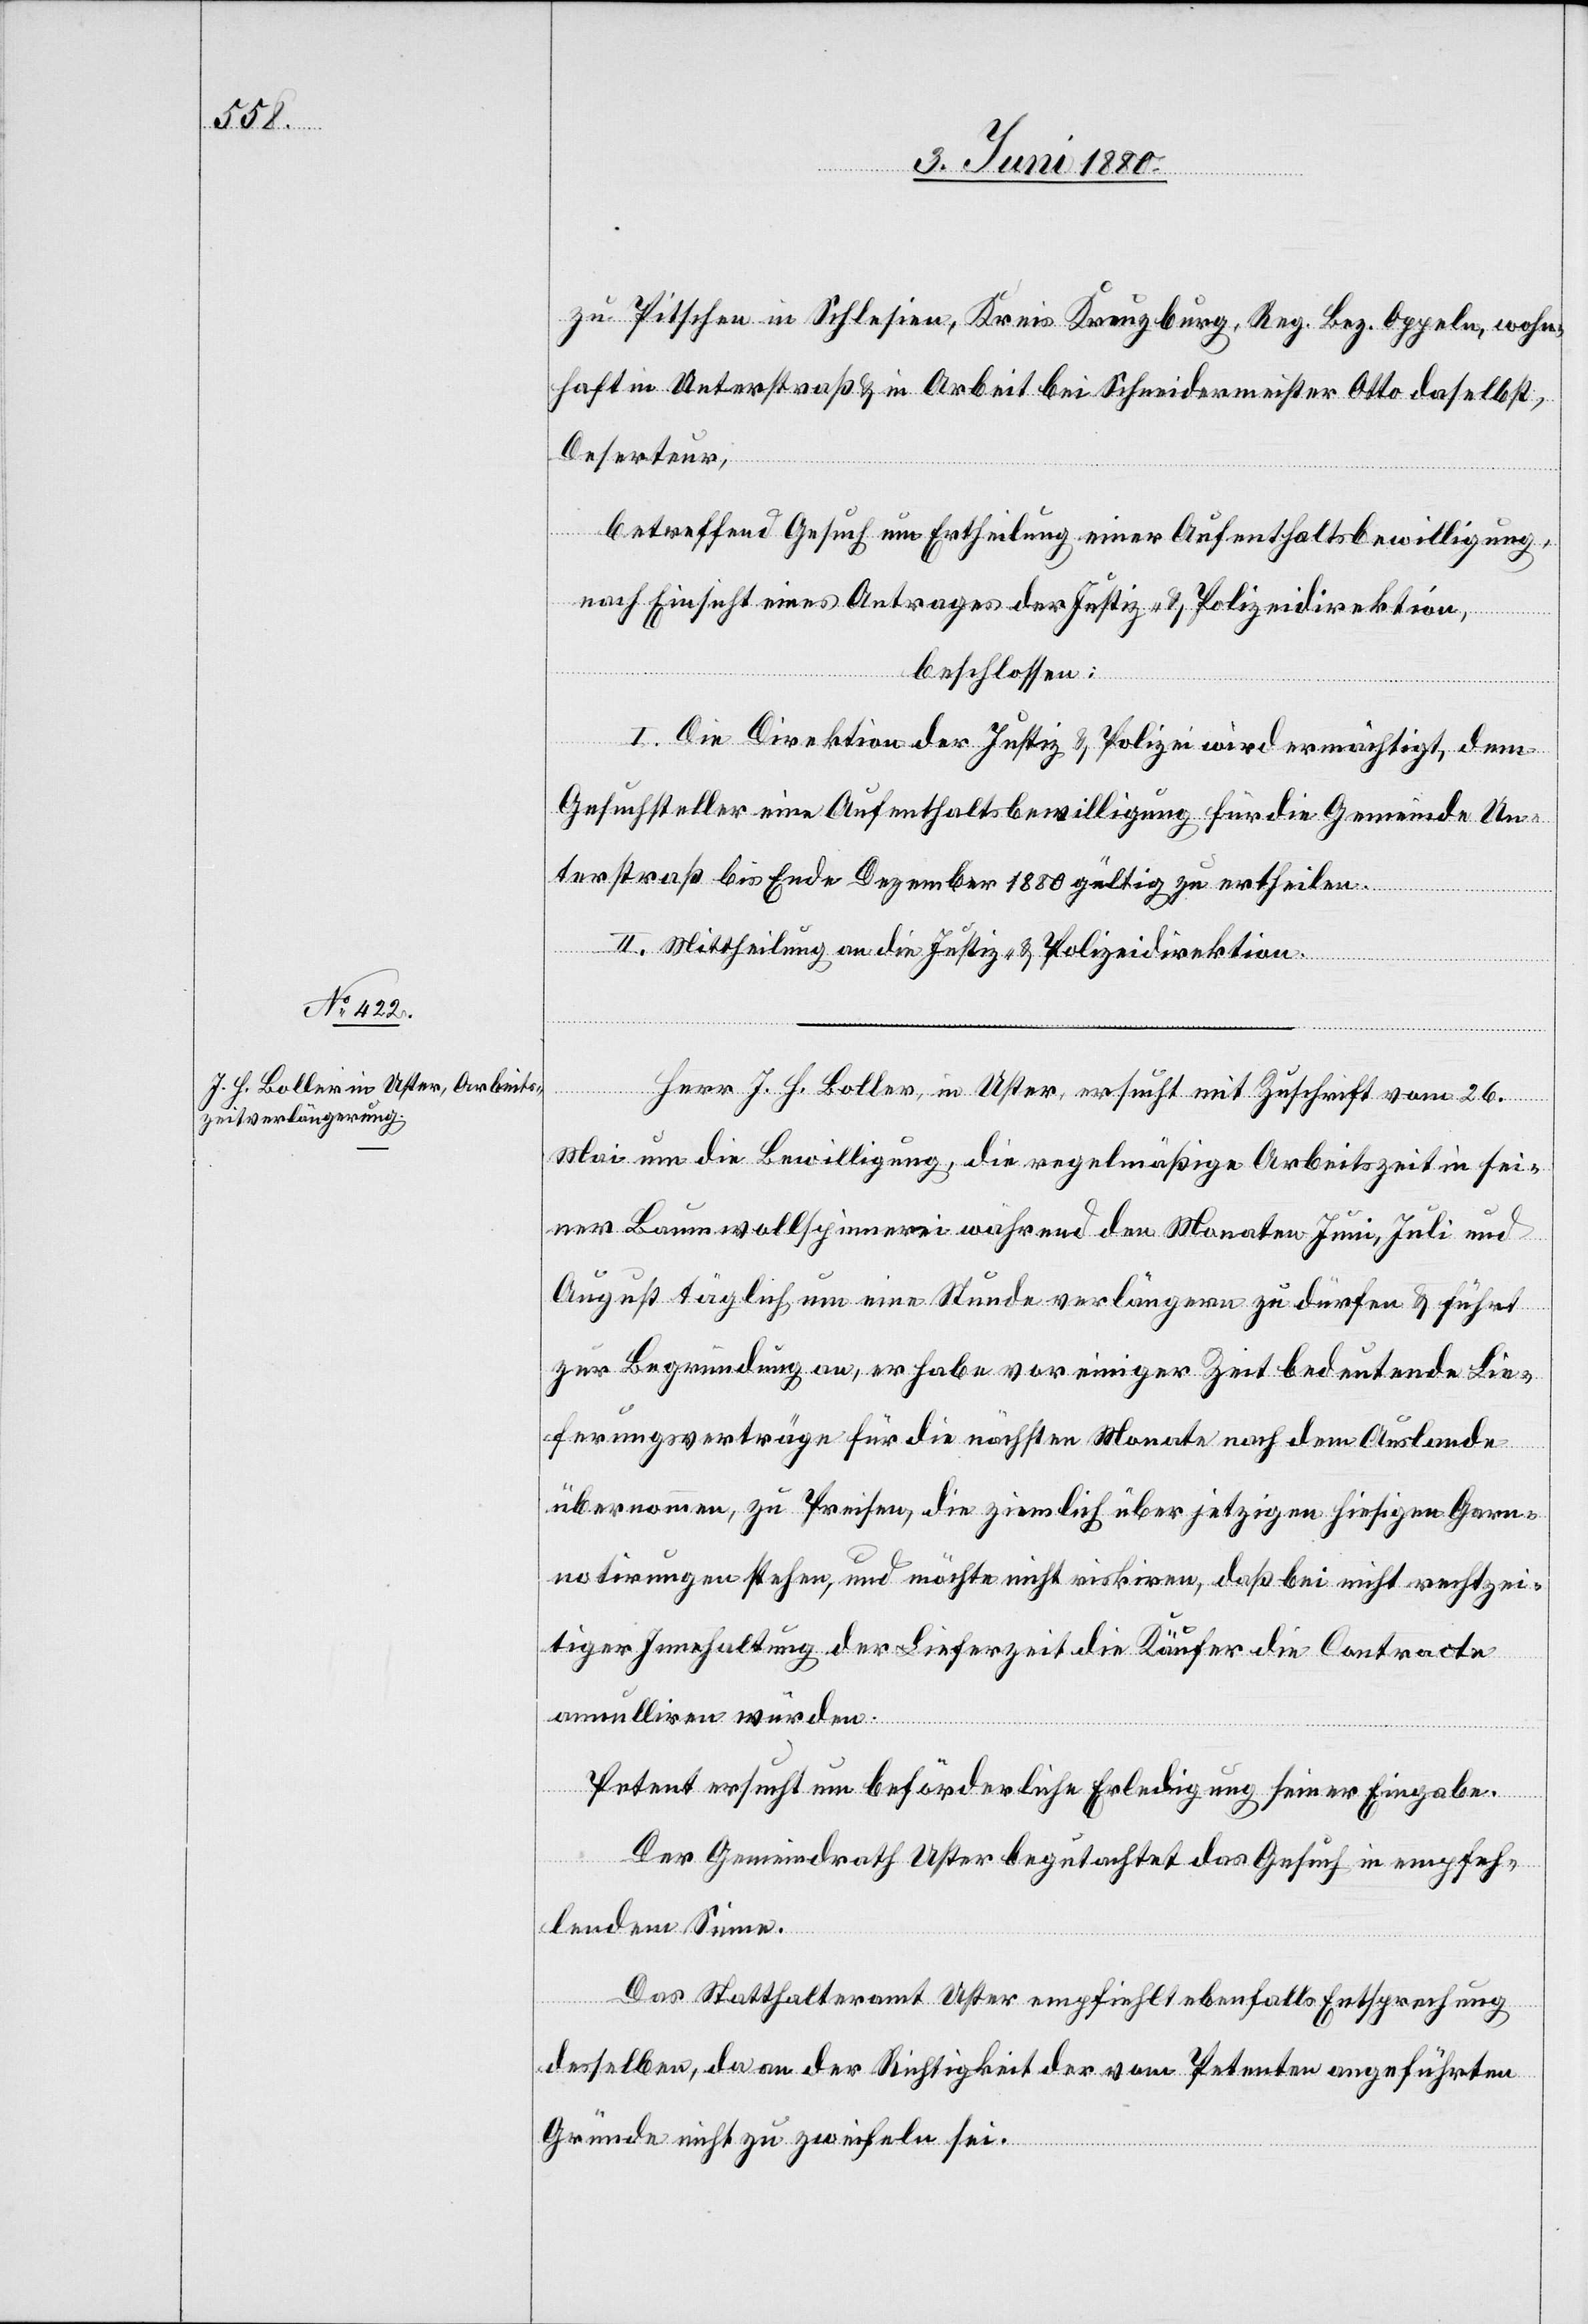
zu Pitschen in Schlesien, Kreis Kreuzburg, Reg. Bez. Oppeln, wohn¬
haft in Unterstraß & in Arbeit bei Schneidermeister Otto daselbst,
Deserteur,
betreffend Gesuch um Ertheilung einer Aufenthaltsbewilligung,
nach Einsicht eines Antrages der Justiz- & Polizeidirektion,
beschlossen:
I. Die Direktion der Justiz & Polizei wird ermächtigt, dem
Gesuchsteller eine Aufenthaltsbewilligung für die Gemeinde Un¬
terstraß bis Ende Dezember 1880 gültig zu ertheilen.
II. Mittheilung an die Justiz- & Polizeidirektion.
Herr J. H. Boller, in Uster, ersucht mit Zuschrift vom 26.
Mai um die Bewilligung, die regelmäßige Arbeitszeit in sei¬
ner Baumwollspinnerei während den Monaten Juni, Juli und
August täglich um eine Stunde verlängern zu dürfen & führt
zur Begründung an, er habe vor einiger Zeit bedeutende Lie¬
ferungsverträge für die nächsten Monate nach dem Auslande
übernommen, zu Preisen, die ziemlich über jetzigen hiesigen Garn¬
notirungen stehen, und möchte nicht riskiren, daß bei nicht rechtzei¬
tiger Innehaltung der Lieferzeit die Käufer die Contracte
annulliren würden.
Petent ersucht um beförderliche Erledigung seiner Eingabe.
Der Gemeindrath Uster begutachtet das Gesuch in empfeh¬
lendem Sinne.
Das Statthalteramt Uster empfiehlt ebenfalls Entsprechung
desselben, da an der Richtigkeit der vom Petenten angeführten
Gründe nicht zu zweifeln sei.